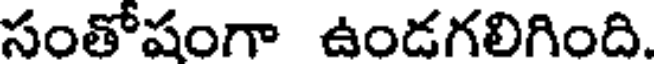
సంతోషంగా ఉండగలిగింది.